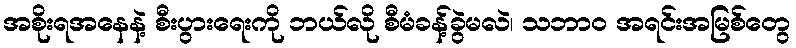
အစိုးရအနေနဲ့ စီးပွားရေးကို ဘယ်လို စီမံခန့်ခွဲမလဲ၊ သဘာ၀ အရင်းအမြစ်တွေ